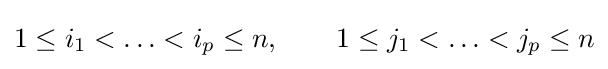
1\leq i_{1}<\ldots <i_{p}\leq n,\qquad 1\leq j_{1}<\ldots <j_{p}\leq n